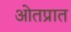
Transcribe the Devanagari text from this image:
ओतप्रात